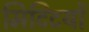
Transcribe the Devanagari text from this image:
मिटिटयों